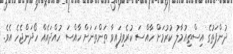
ދުންފަތުގެ އިސްތިއުމާލު ކުރުމަށް ހާއްސަ ކުރެވިފައިވާ ތަންތަނަށް ހާއްސަ ހުއްދައެއް ހޯދަންޖެހެ އެވެ.